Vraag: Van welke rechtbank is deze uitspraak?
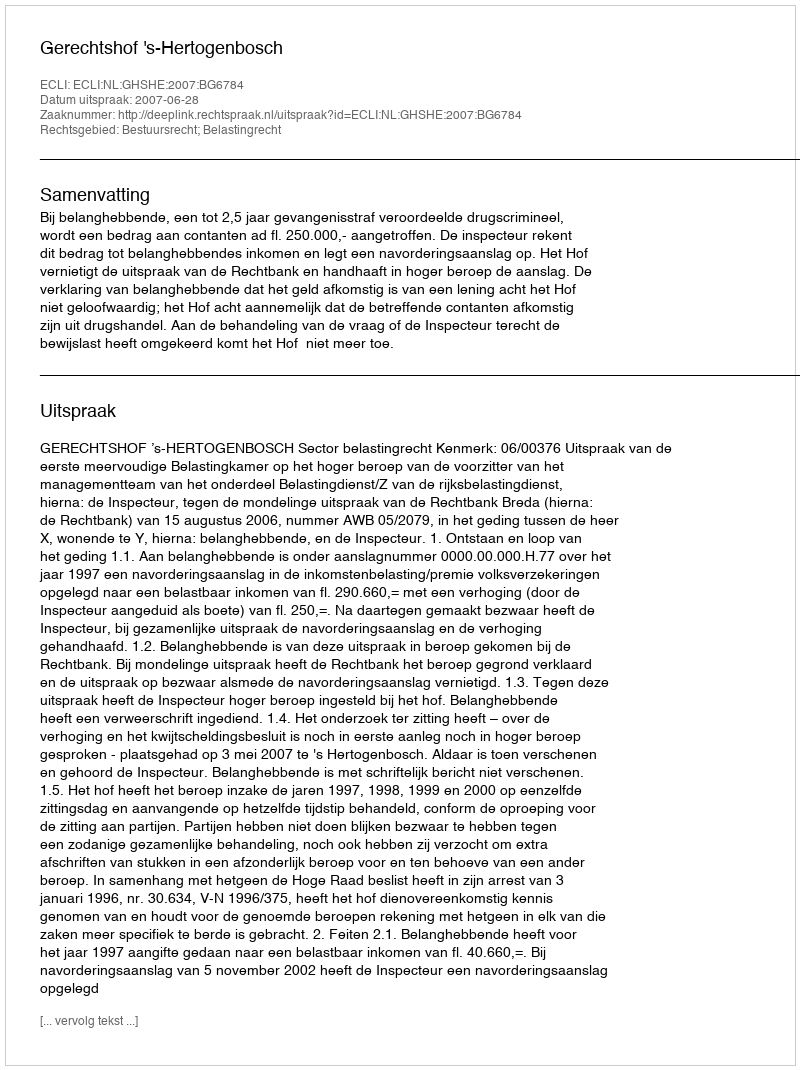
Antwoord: Gerechtshof 's-Hertogenbosch